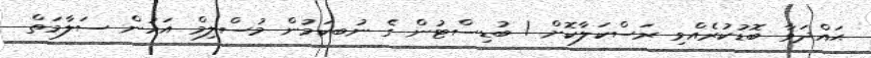
ޙައްދަވާ ބޮޑުކުރެއްވި ރަސްކަލާކޮށް ! ބުޑިސްޓުން ގެ ނުބކަމުން މުސްލިމް އަހުން ސަލާމަތް